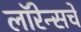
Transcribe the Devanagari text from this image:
लॉरेन्सचे